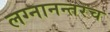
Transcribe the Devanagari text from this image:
लग्नानन्तरच